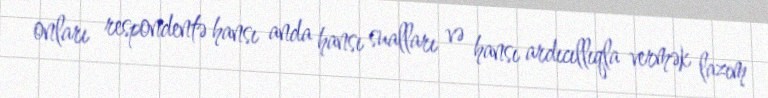
onları respondentə hansı anda hansı sualları və hansı ardıcıllıqla vermək lazım